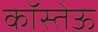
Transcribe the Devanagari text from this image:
कॉस्तेऊ